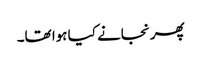
پھر نجانے کیا ہوا تھا۔